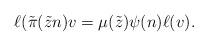
LaTeX: \begin{align*}\ell(\tilde{\pi}(\tilde{z}n)v = \mu(\tilde{z}) \psi(n) \ell(v).\end{align*}